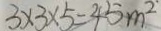
3 \times 3 \times 5 = 4 5 m ^ { 2 }